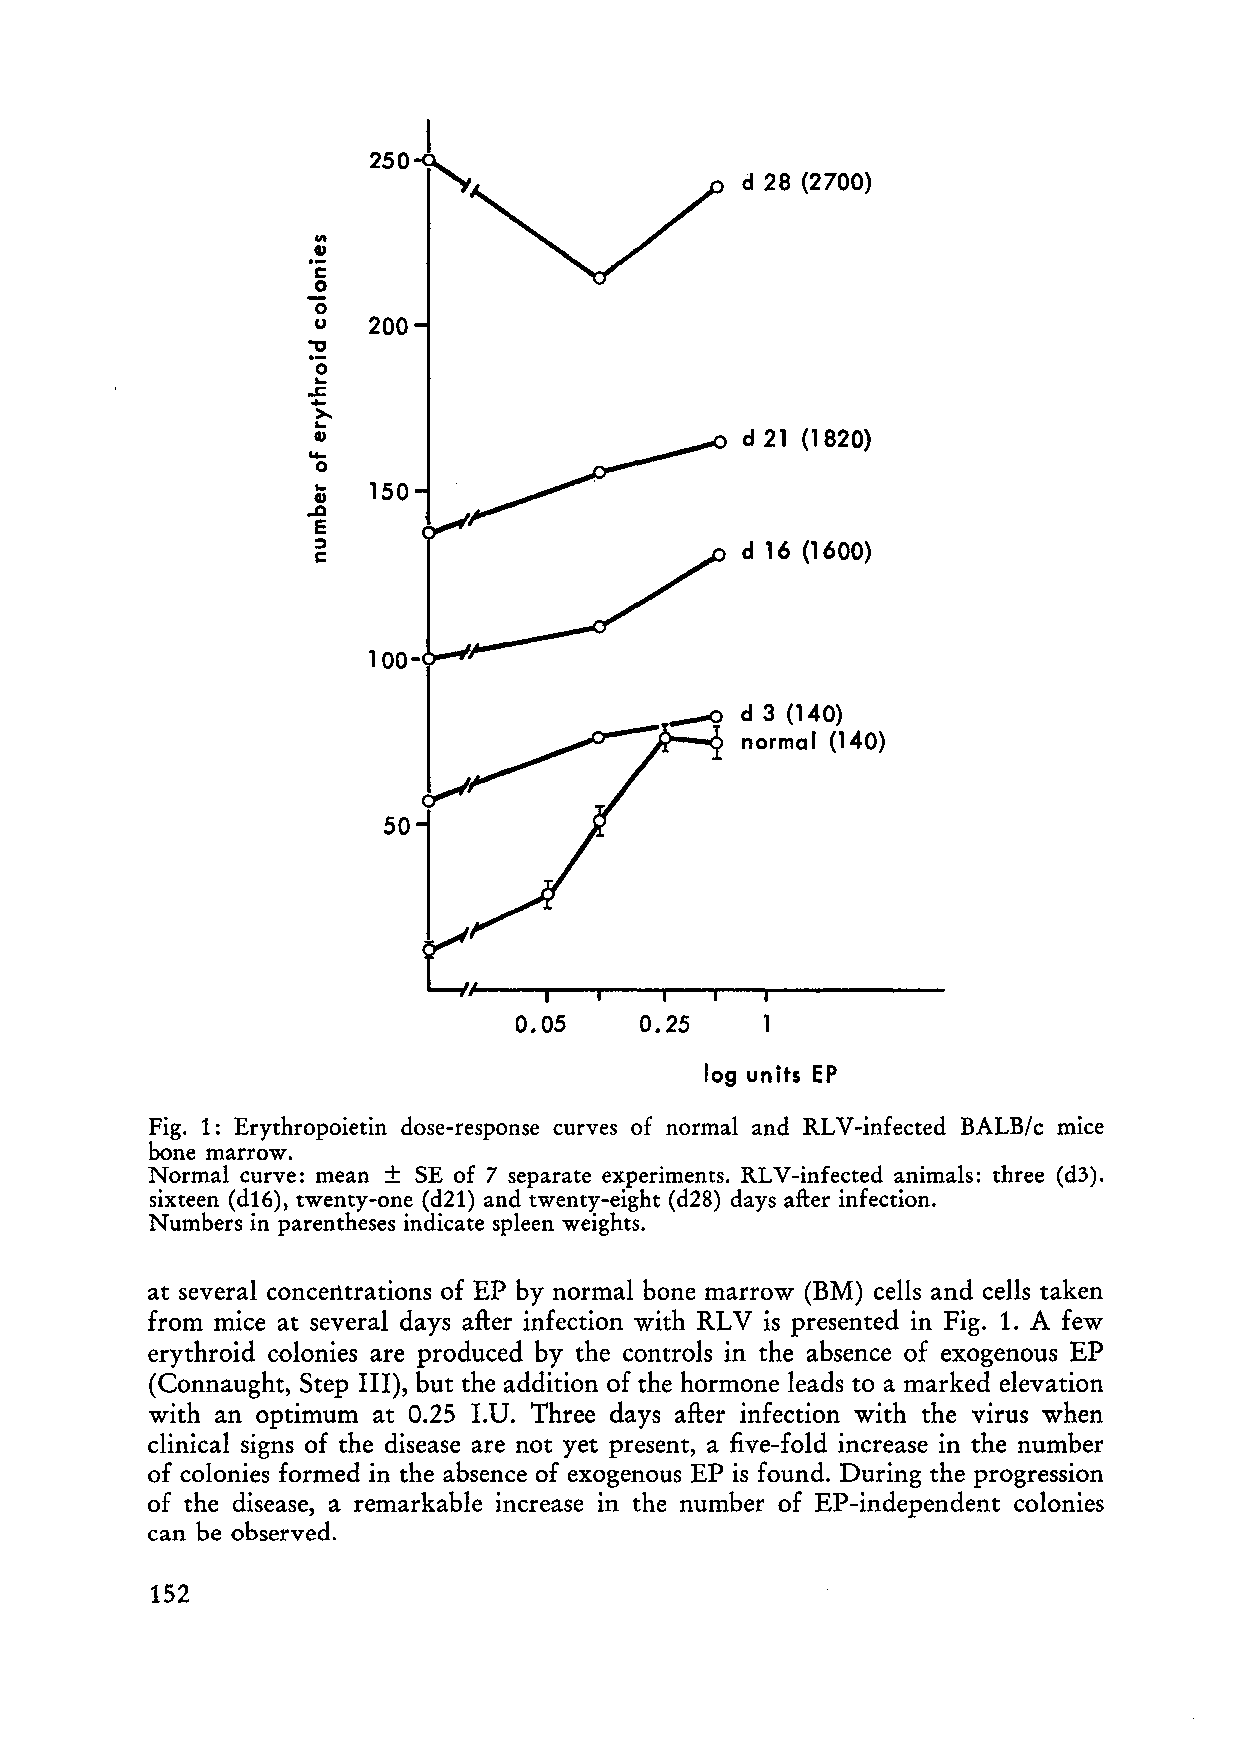
d 28 (2700)
 .,.
 .-
 GJ
 e
 0
 0
 u   200
 "
 .0..
 ..s;;
 0.>0..-
 .
 ..G.J.                      d 21 (1820)
 .0..
 150
 GJ
 ~
 E
 ; e:)                       d 16 (1600)
 100-
 d 3 (140)
 normal (140)
 50
 0.05     0.25
 log units EP
 Fig. 1: Erythropoietin dose-response curves of normal and RLV -infected BALB/ c mice
 bone marrow.
 Normal curve: me an ± SE of 7 separate experiments. RLV-infected animals: three (d3).
 sixteen (d16), twenty-one (d21) and twenty-eight (d28) days after infection.
 Numbers in parentheses indicate spleen weights.
 at several concerttrations of EP by normal bone marrow (BM) cells and cells taken
 from mice at several days after infection with RLV is presented in Fig. 1. A few
 erythroid colonies are produced by the controls in the absence of exogenous EP
 (Connaught, Step III), but the addition of the hormone leads to a marked elevation
 with an optimum at 0.25 LU. Three days after infection with the virus when
 clinical signs of the disease are not yet present, a five-fold increase in the number
 of colonies formed in the absence of exogenous EP is found. During the progression
 of the disease, a remarkable increase in the number of EP-independent colonies
 can be observed.
 152